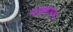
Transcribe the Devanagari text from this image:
साहबज़ादा